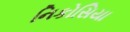
નિકોસિયા